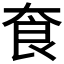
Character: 𡘳